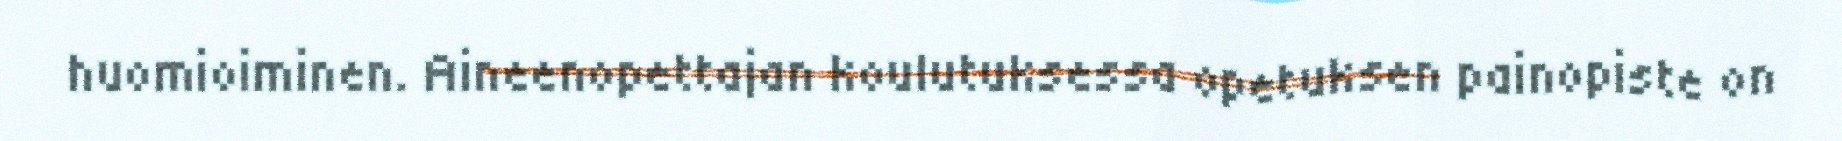
huomioiminen. Aineenopettajan koulutuksessa opetuksen painopiste on